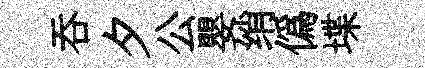
呑夕公嬰绡僞堞